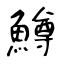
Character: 鱒